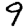
Digit: 9